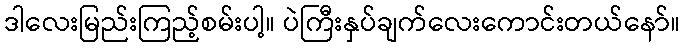
ဒါလေးမြည်းကြည့်စမ်းပါ့။ ပဲကြီးနှပ်ချက်လေးကောင်းတယ်နော်။